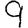
Digit: 9